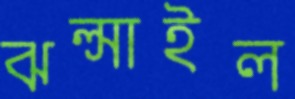
ঝল্‌সাইল